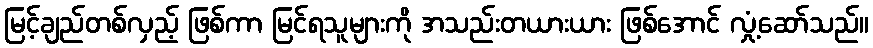
မြင့်ချည်တစ်လှည့် ဖြစ်ကာ မြင်ရသူများကို အသည်းတယားယား ဖြစ်အောင် လှုံ့ဆော်သည်။